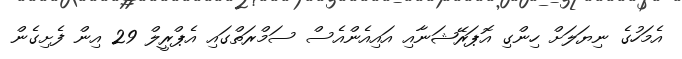
އެމަހުގެ ނިޔަލަށް ހިންގި އޮޕަރޭޝަނާއި އައިއެންއެސް ސަމްރަތްގައި އެޕްރީލް 29 އިން ފެށިގެން